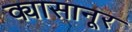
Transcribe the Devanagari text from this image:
क्यासानूर